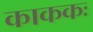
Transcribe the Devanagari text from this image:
काककः